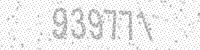
Solution: 939771